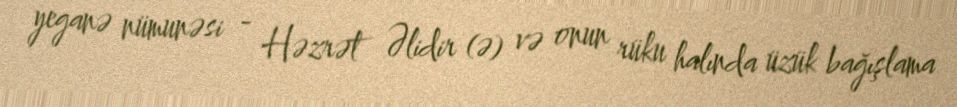
yeganə nümunəsi - Həzrət Əlidir (ə) və onun rüku halında üzük bağışlama